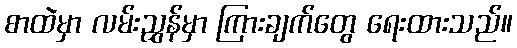
စာထဲမှာ လမ်းညွှန်မှာ ကြားချက်တွေ ရေးထားသည်။